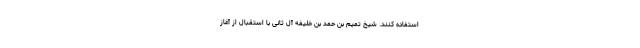
استفاده کنند. شیخ تمیم بن حمد بن خلیفه آل ثانی با استقبال از آغاز